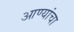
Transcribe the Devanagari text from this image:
आण्यांचा